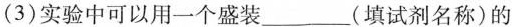
(3)实验中可以用一个盛装___(填试剂名称)的